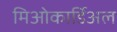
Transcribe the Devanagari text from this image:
मिओकार्डिअल